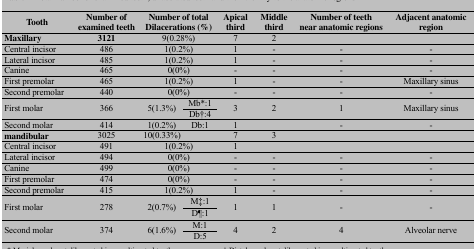
<table><thead><tr><td><b>Tooth</b></td><td><b>Number ofexamined teeth</b></td><td colspan="3"><b>Number of totalDilacerations (%)</b></td><td><b>Apicalthird</b></td><td><b>Middlethird</b></td><td><b>Number of teethnear anatomic regions</b></td><td><b>Adjacent anatomicregion</b></td></tr></thead><tbody><tr><td><b>Maxillary</b></td><td><b>3121</b></td><td colspan="3">9(0.28%)</td><td>7</td><td>2</td><td></td><td></td></tr><tr><td>Central incisor</td><td>486</td><td colspan="3">1(0.2%)</td><td>1</td><td>-</td><td>-</td><td>-</td></tr><tr><td>Lateral incisor</td><td>485</td><td colspan="3">1(0.2%)</td><td>1</td><td>-</td><td>-</td><td>-</td></tr><tr><td>Canine</td><td>465</td><td colspan="3">0(0%)</td><td>-</td><td>-</td><td>-</td><td>-</td></tr><tr><td>First premolar</td><td>465</td><td colspan="3">1(0.2%)</td><td>1</td><td>-</td><td>-</td><td>Maxillary sinus</td></tr><tr><td>Second premolar</td><td>440</td><td colspan="3">0(0%)</td><td>-</td><td>-</td><td>-</td><td>-</td></tr><tr><td rowspan="2">First molar</td><td rowspan="2">366</td><td rowspan="2">5(1.3%)</td><td colspan="2">Mb*:1</td><td rowspan="2">3</td><td rowspan="2">2</td><td rowspan="2">1</td><td rowspan="2">Maxillary sinus</td></tr><tr><td colspan="2">Db†:4</td></tr><tr><td>Second molar</td><td>414</td><td>1(0.2%)</td><td colspan="2">Db:1</td><td>1</td><td></td><td>-</td><td>-</td></tr><tr><td><b>mandibular</b></td><td>3025</td><td colspan="2">10(0.33%)</td><td></td><td>7</td><td>3</td><td></td><td></td></tr><tr><td>Central incisor</td><td>491</td><td colspan="3">1(0.2%)</td><td>1</td><td></td><td></td><td></td></tr><tr><td>Lateral incisor</td><td>494</td><td colspan="3">0(0%)</td><td>-</td><td>-</td><td>-</td><td>-</td></tr><tr><td>Canine</td><td>499</td><td colspan="3">0(0%)</td><td>-</td><td>-</td><td>-</td><td>-</td></tr><tr><td>First premolar</td><td>474</td><td colspan="3">0(0%)</td><td>-</td><td>-</td><td>-</td><td>-</td></tr><tr><td>Second premolar</td><td>415</td><td colspan="3">1(0.2%)</td><td>1</td><td>-</td><td>-</td><td>-</td></tr><tr><td rowspan="2">First molar</td><td rowspan="2">278</td><td rowspan="2">2(0.7%)</td><td colspan="2">M‡:1</td><td rowspan="2">1</td><td rowspan="2">1</td><td rowspan="2">-</td><td rowspan="2">-</td></tr><tr><td colspan="2">D¶:1</td></tr><tr><td rowspan="2">Second molar</td><td rowspan="2">374</td><td rowspan="2">6(1.6%)</td><td colspan="2">M:1</td><td rowspan="2">4</td><td rowspan="2">2</td><td rowspan="2">4</td><td rowspan="2">Alveolar nerve</td></tr><tr><td colspan="2">D:5</td></tr></tbody></table>